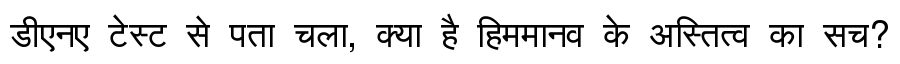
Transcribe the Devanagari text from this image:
डीएनए टेस्ट से पता चला, क्या है हिममानव के अस्तित्व का सच?